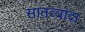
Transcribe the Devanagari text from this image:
सातव्यांदा